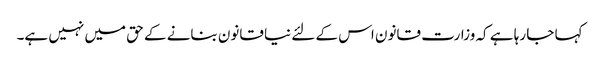
کہا جا رہا ہے کہ وزارت قانون اس کے لئے نیا قانون بنانے کے حق میں نہیں ہے۔